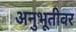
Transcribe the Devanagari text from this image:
अनुभूतीवर